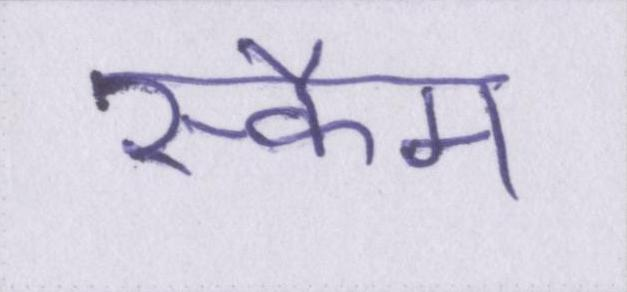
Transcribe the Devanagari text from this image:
स्कैम